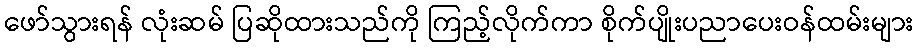
ဖော်သွားရန် လုံးဆမ် ပြဆိုထားသည်ကို ကြည့်လိုက်ကာ စိုက်ပျိုးပညာပေးဝန်ထမ်းများ